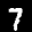
Label: 7